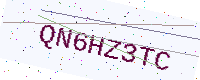
Text: QN6HZ3TC